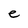
Character: e